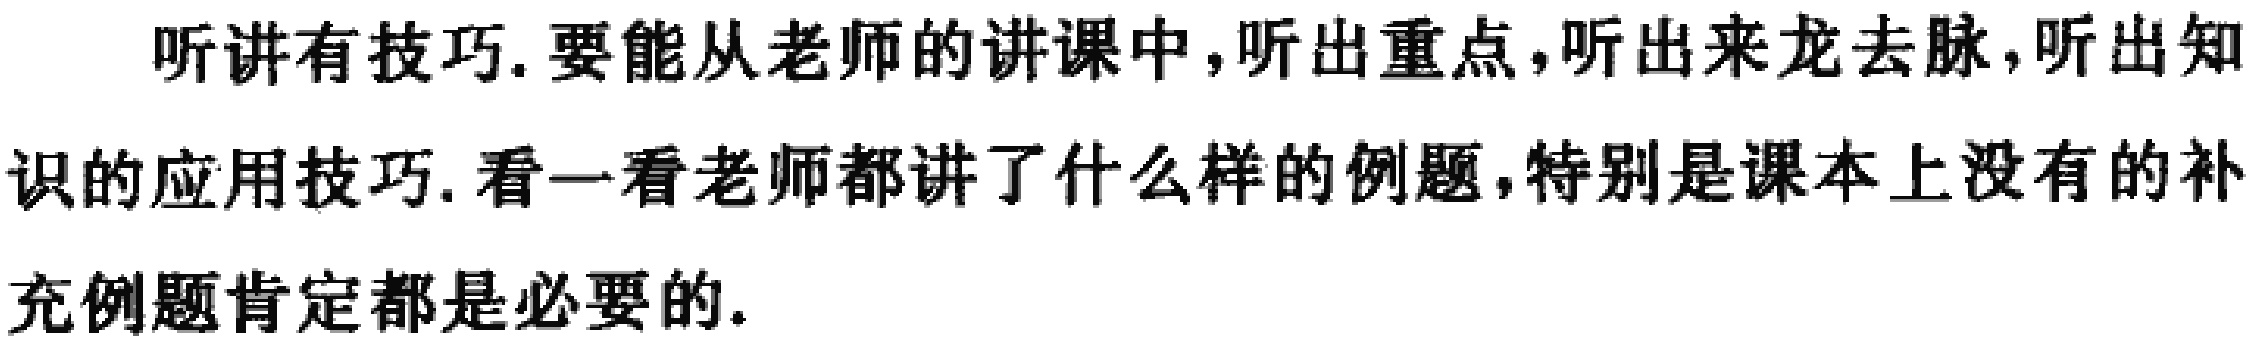
听讲有技巧.要能从老师的讲课中,听出重点,听出来龙去脉,听出知识的应用技巧.看一看老师都讲了什么样的例题,特别是课本上没有的补充例题肯定都是必要的.